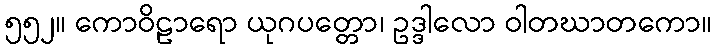
၅၅၂။ ကောဝိဠာရော ယုဂပတ္တော၊ ဥဒ္ဒါလော ဝါတဃာတကော။